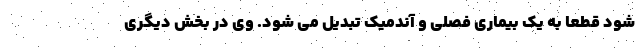
شود قطعا به یک بیماری فصلی و آندمیک تبدیل می شود. وی در بخش دیگری